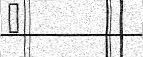
٣